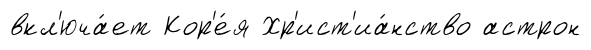
вкл'юча́ет Кор'е́я Хр'ист'иа́нство астрон